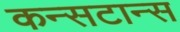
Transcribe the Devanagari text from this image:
कन्सटान्स